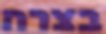
בצרה